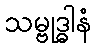
သမ္ဗုဒ္ဓါနံ